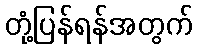
တုံ့ပြန်ရန်အတွက်